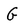
Character: G